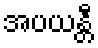
အပယန္တီ